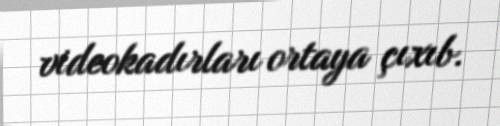
videokadırları ortaya çıxıb.